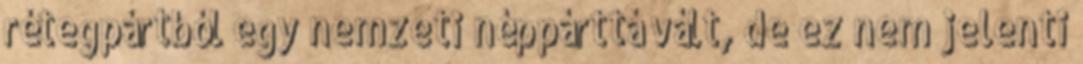
rétegpártból egy nemzeti néppárttá vált, de ez nem jelenti